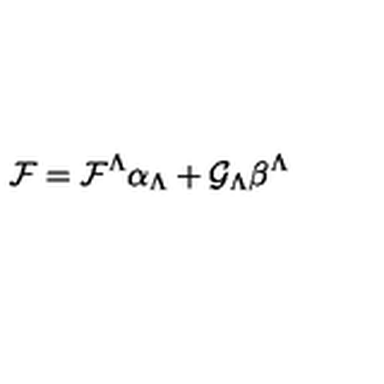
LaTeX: { \cal F } = { \cal F } ^ { \Lambda } \alpha _ { \Lambda } + { \cal G } _ { \Lambda } \beta ^ { \Lambda }